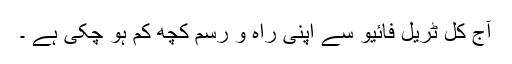
آج کل ٹریل فائیو سے اپنی راہ و رسم کچھ کم ہو چکی ہے ۔